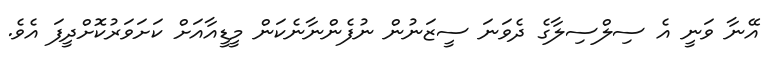
އޭނާ ވަނީ އެ ސިލްސިލާގެ ދެވަނަ ސީޒަނުން ނުފެންނާނެކަން މީޑީއާއަށް ކަށަވަރުކޮށްދީފަ އެވެ.